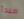
مبدأ